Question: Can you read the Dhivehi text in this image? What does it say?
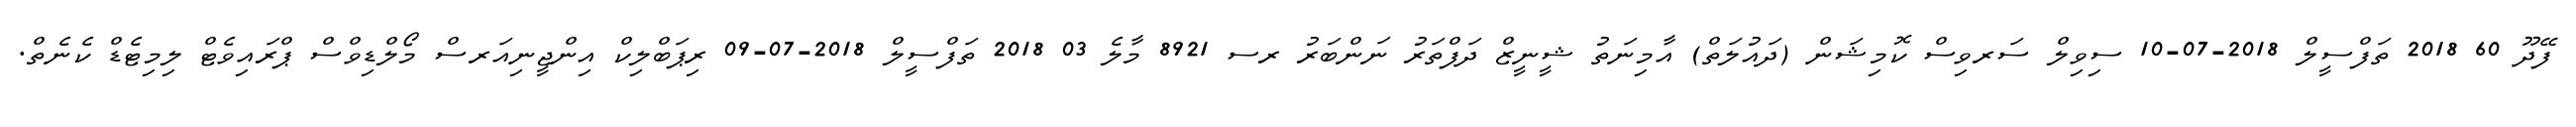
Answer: ފޭދޫ 60 2018 ތަފްސީލް 2018-07-10 ސިވިލް ސަރވިސް ކޮމިޝަން (ދައުލަތް) އާމިނަތު ޝީނީޒް ދަފްތަރު ނަންބަރު ރސ 8921 މާލެ 03 2018 ތަފްސީލް 2018-07-09 ރިޕަބްލިކް އިންޖީނިއަރސް މޯލްޑިވްސް ޕްރައިވެޓް ލިމިޓެޑް ކެނެތް.